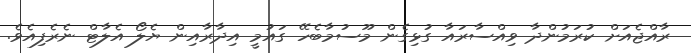
ރާއްޖެއަށް ކުރަމުންދާ ވިއްސާރައާ ގުޅިގެން މޫސުމާބެހޭ ގައުމީ އިދާރާއިން ޔެލޯ އެލާޓް ނެރެފިއެވެ.